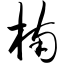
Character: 楠